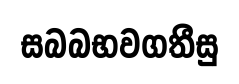
සබබභවගතීසු